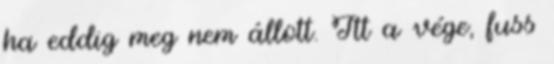
ha eddig meg nem állott. Itt a vége, fuss